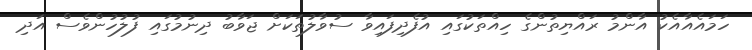
ހަމައެއާއެކު އާންމު ރައްޔިތުންގެ ހިއްތަކުގައި އުފެދިފައިވާ ސުވާލުތަކަށް ޖަވާބު ދިނުމުގައި ފުލުހުންވެސް އަދި